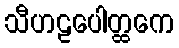
သီဟဠပေါတ္ထကေ